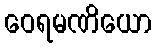
ဝေရမဏိယော